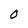
Character: O